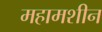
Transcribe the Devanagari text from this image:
महामशीन